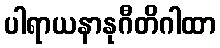
ပါရာယနာနုဂီတိဂါထာ